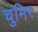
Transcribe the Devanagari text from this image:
चुमिर